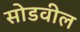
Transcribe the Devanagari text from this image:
सोडवील